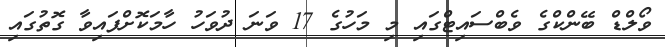
ވޯލްޑް ބޭންކްގެ ވެބްސައިޓްގައި މި މަހުގެ 17 ވަނަ ދުވަހު ހާމަކޮށްފައިވާ ގޮތުގައި